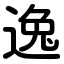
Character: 逸